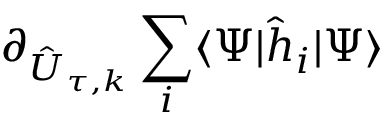
\partial _ { \hat { U } _ { \tau , k } } \sum _ { i } \langle \Psi | \hat { h } _ { i } | \Psi \rangle